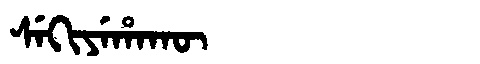
Manchu: ᠰᡝᡴᡳᠶᡝᡥᠠᡴᡡ
Romanization: SEKIYEHAKŪ